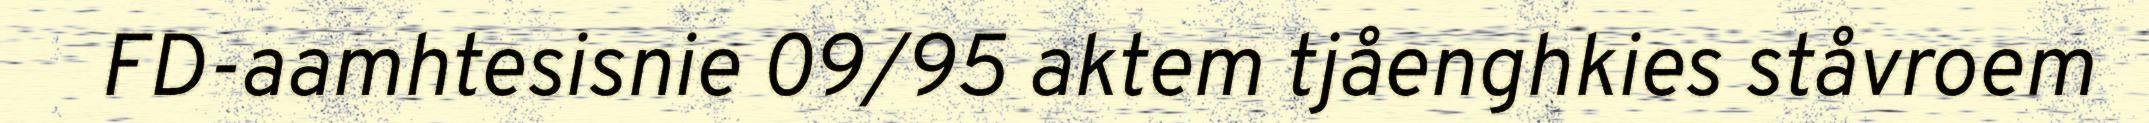
FD-aamhtesisnie 09/95 aktem tjåenghkies ståvroem